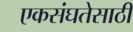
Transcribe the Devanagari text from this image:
एकसंघतेसाठी